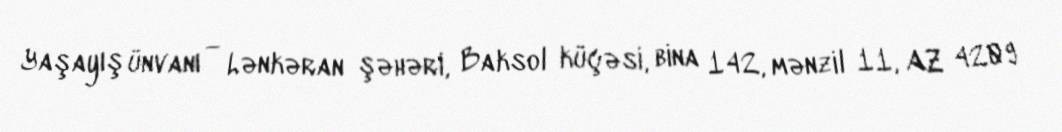
Yaşayış ünvanı — Lənkəran şəhəri, Baksol küçəsi, bina 142, mənzil 11, AZ 4209